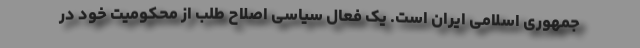
جمهوری اسلامی ایران است. یک فعال سیاسی اصلاح طلب از محکومیت خود در